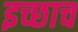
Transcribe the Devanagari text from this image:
इच्छाच